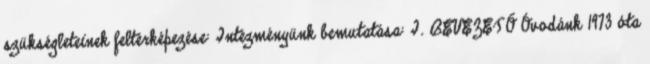
szükségleteinek feltérképezése: Intézményünk bemutatása: I. BEVEZETŐ Óvodánk 1973 óta